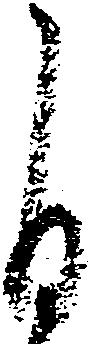
自